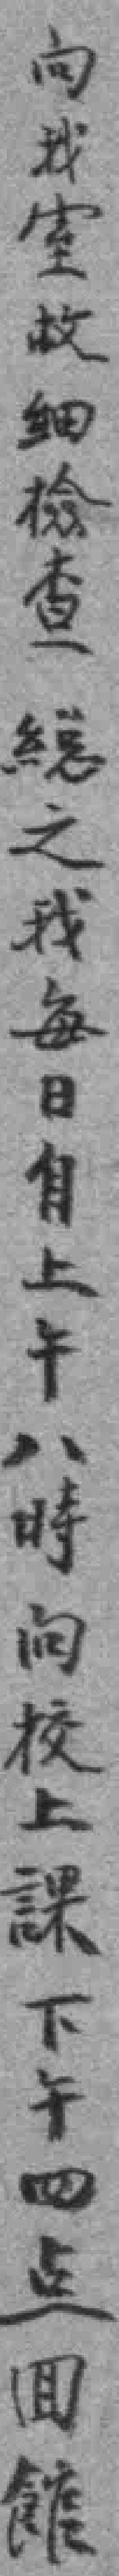
向我室故细檢查 縂之我每日自上午八時向校上課下午四点囬館